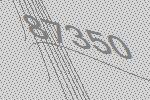
87350